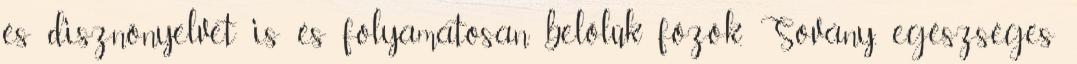
és disznónyelvet is és folyamatosan belőlük főzök. Sovány, egészséges